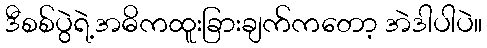
ဒီစစ်ပွဲရဲ့အဓိကထူးခြားချက်ကတော့ အဲဒါပါပဲ။